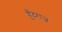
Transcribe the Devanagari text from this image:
हूँदराज